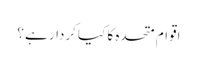
اقوام متحدہ کا کیا کردار ہے ؟